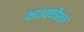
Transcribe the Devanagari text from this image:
काव्यकौशल